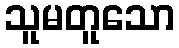
သူမတူသော